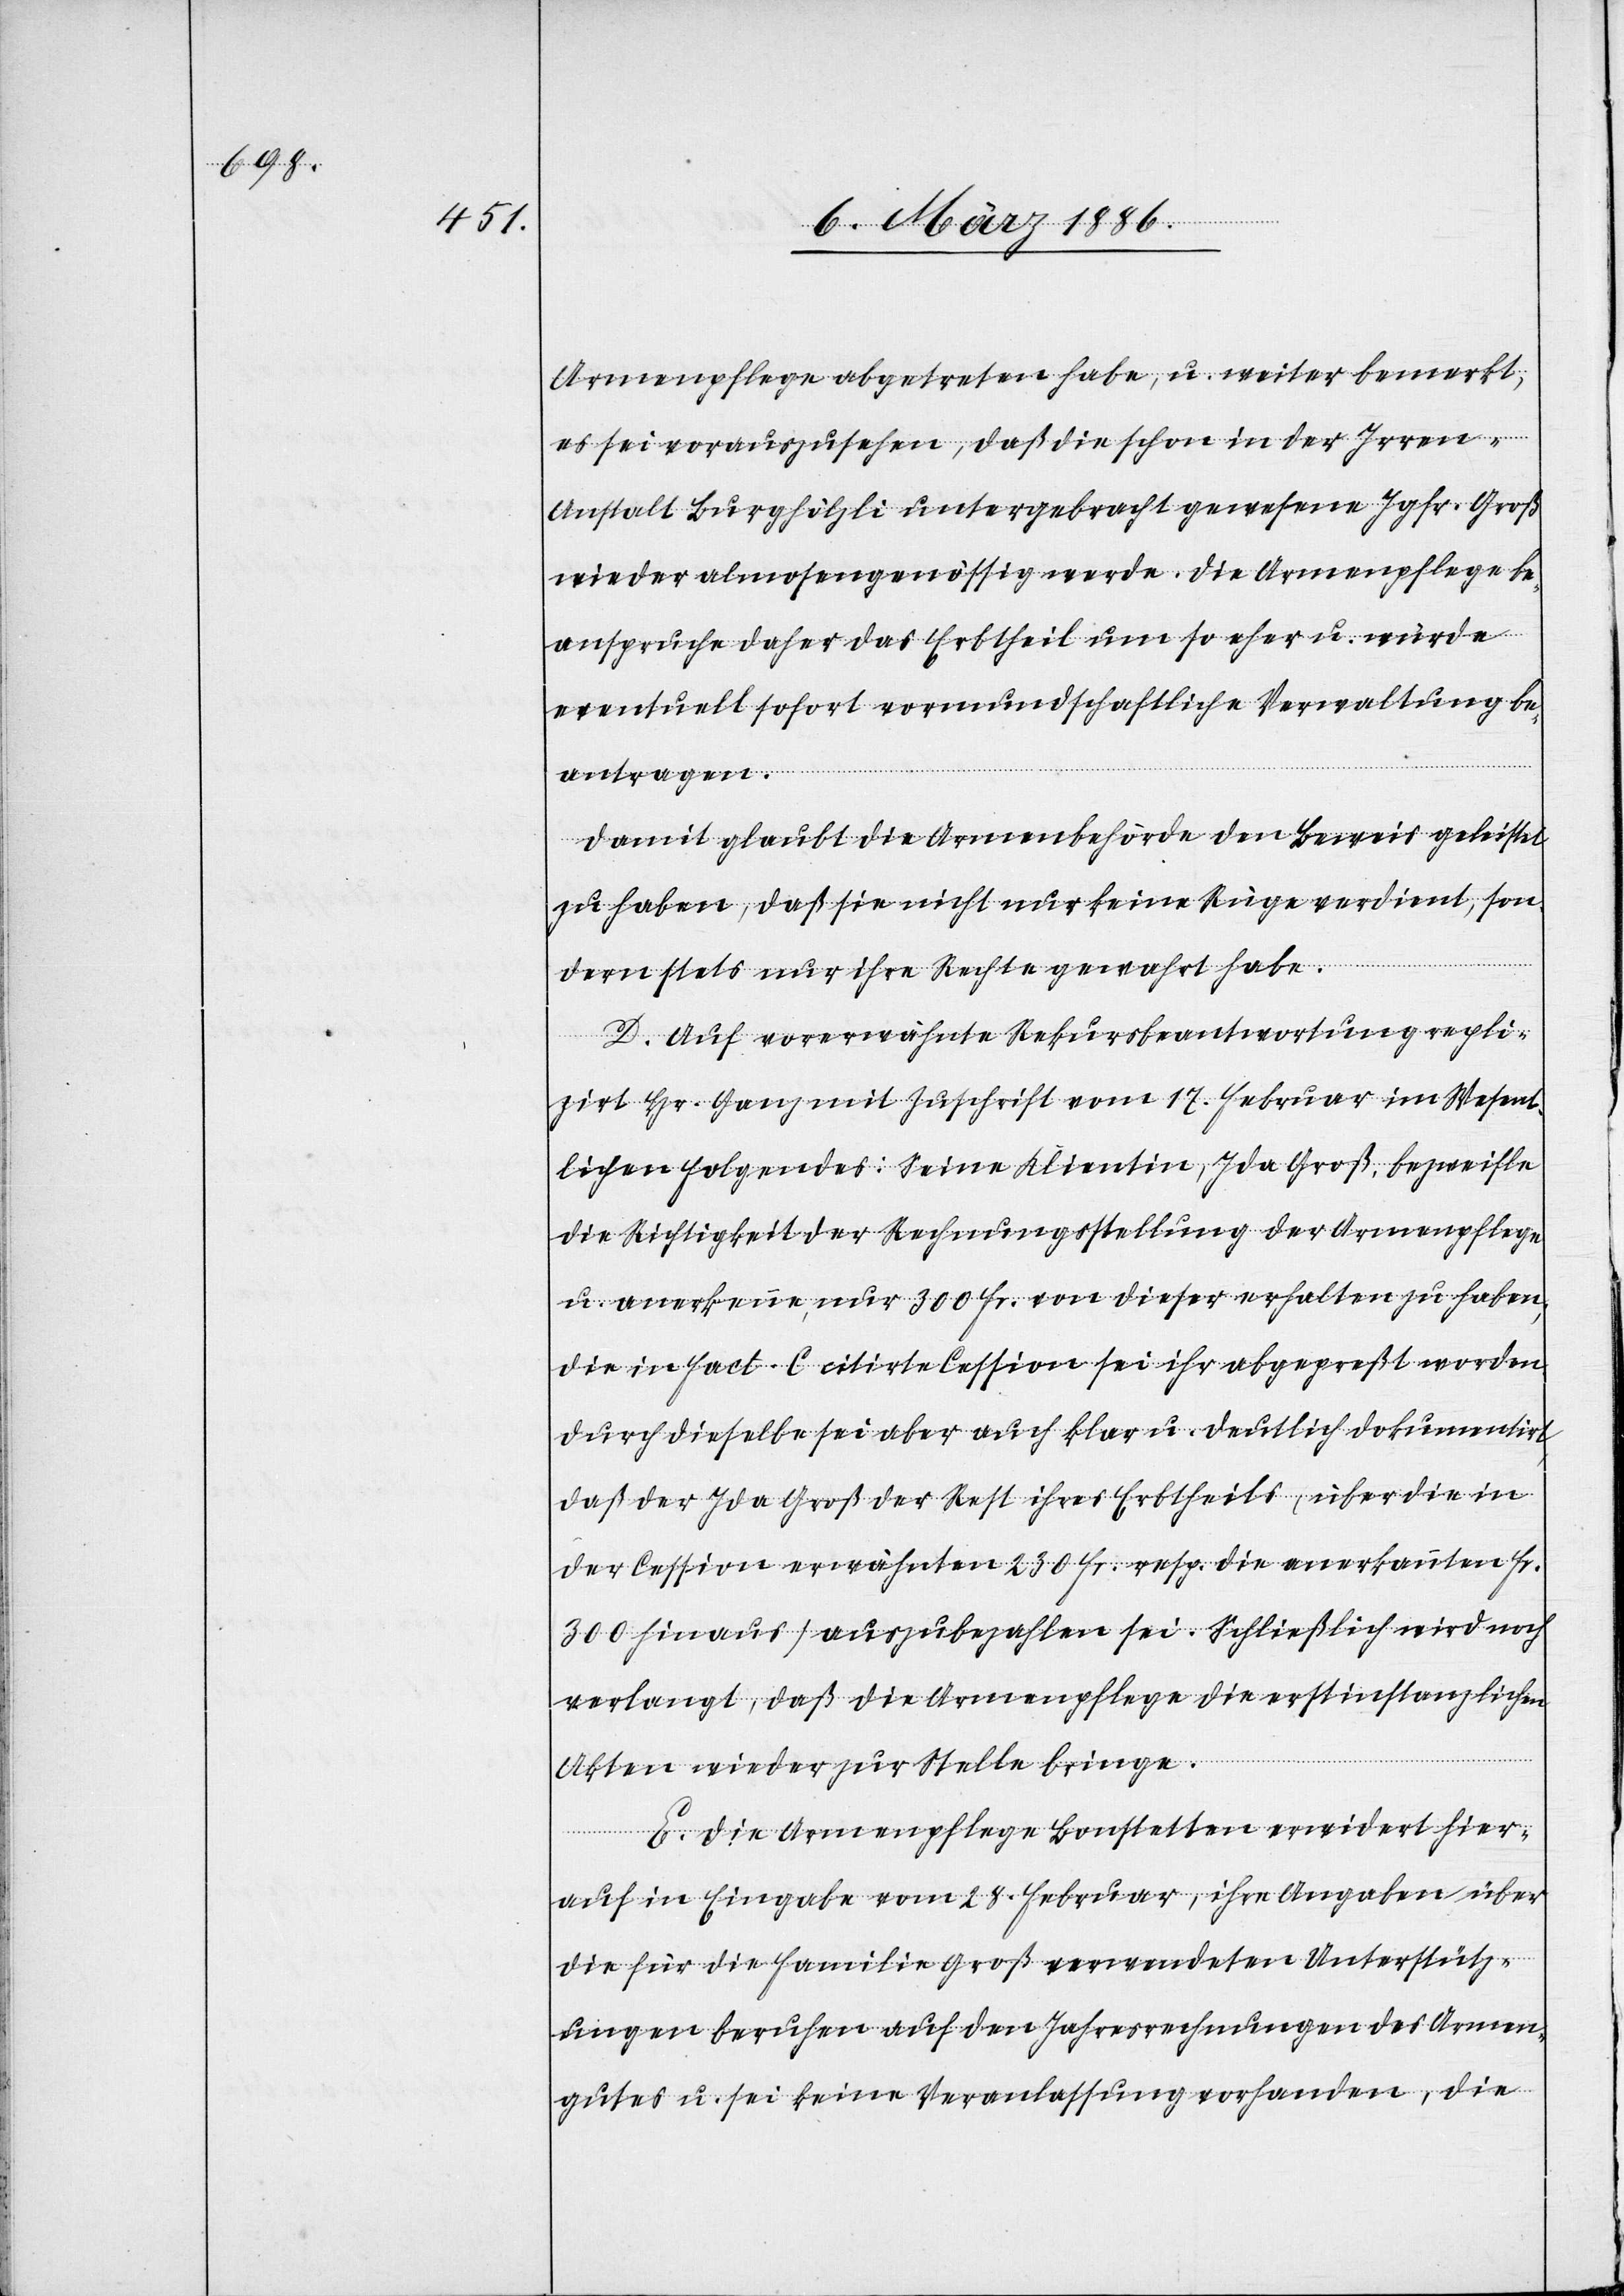
Armenpflege abgetreten habe, u. weiter bemerkt,
es sei vorauszusehen, daß die schon in der Irren-A¬
nstalt Burghölzli untergebracht gewesenen Jgfr. Groß
wieder almosengenössig werde. Die Armenpflege be¬
anspruche daher den Erbtheil um so eher, u. würde
eventuell sofort vormundschaftliche Verwaltung be¬
antragen.
Somit glaubt die Armenbehörde den Beweis geleistet
zu haben, daß sie nicht nur keine Rüge verdient, son¬
dern stets nur ihre Rechte gewahrt habe.
D. Auf vorerwähnten Rekursbeantwortung repli¬
zirt Hr. Ganz mit Zuschrift vom 17. Februar im Wesent¬
lichen Folgendes: Seine Klientin, Ida Groß, bezweifle
die Richtigkeit der Rechnungstellung der Armenpflege
u. anerkenne, nur 300 Fr. von dieser erhalten zu haben;
die in Fact. C citirte Cession sei ihr abgepreßt worden.
Durch dieselbe sei aber auch klar u. deutlich dokumentirt,
daß der Ida Groß der Rest ihres Erbtheils (über die in
der Cession erwähnten 230 Fr. resp. die anerkannten Fr.
300 hinaus) auszubezahlen sei. Schließlich wird noch
verlangt, daß die Armenpflege die erstinstanzlichen
Akten wieder zur Stelle bringe.
E. Die Armenpflege Bonstetten erwidert hier¬
auf in Eingabe vom 28. Februar, ihre Angaben über
die für die Familie Groß verwendeten Unterstütz¬
ungen beruhen auf den Jahresrechnungen des Armen¬
gutes u. sei keine Veranlassung vorhanden, die